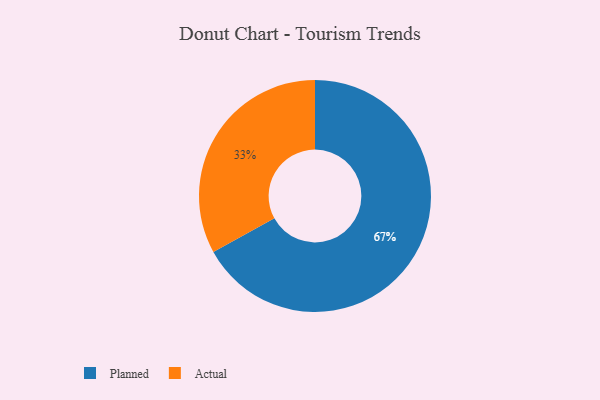
{"axis": {"x": "Category", "y": "Percentage"}, "legend": ["Actual", "Planned"], "data": [{"x": "Planned", "y": 67, "type": "Planned"}, {"x": "Actual", "y": 33, "type": "Actual"}]}